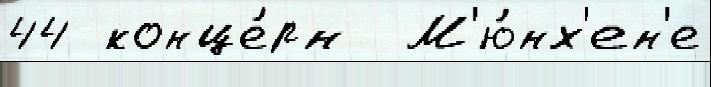
44 конце́рн  М'ю́нх'ен'е